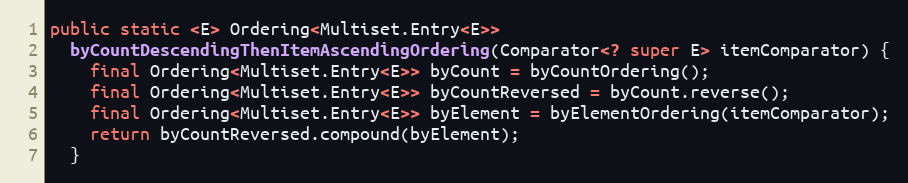
Language: Java
public static <E> Ordering<Multiset.Entry<E>>
  byCountDescendingThenItemAscendingOrdering(Comparator<? super E> itemComparator) {
    final Ordering<Multiset.Entry<E>> byCount = byCountOrdering();
    final Ordering<Multiset.Entry<E>> byCountReversed = byCount.reverse();
    final Ordering<Multiset.Entry<E>> byElement = byElementOrdering(itemComparator);
    return byCountReversed.compound(byElement);
  }